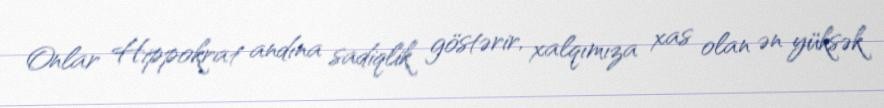
Onlar Hippokrat andına sadiqlik göstərir, xalqımıza xas olan ən yüksək